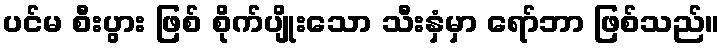
ပင်မ စီးပွား ဖြစ် စိုက်ပျိုးသော သီးနှံမှာ ရော်ဘာ ဖြစ်သည်။